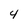
Character: 4